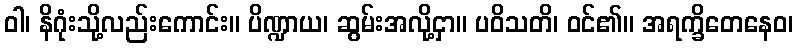
ဝါ၊ နိဂုံးသို့လည်းကောင်း။ ပိဏ္ဍာယ၊ ဆွမ်းအလို့ငှာ။ ပဝိသတိ၊ ဝင်၏။ အရက္ခိတေနေဝ၊